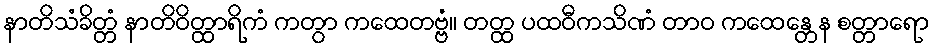
နာတိသံခိတ္တံ နာတိဝိတ္ထာရိကံ ကတွာ ကထေတဗ္ဗံ။ တတ္ထ ပထဝီကသိဏံ တာဝ ကထေန္တေန စတ္တာရော